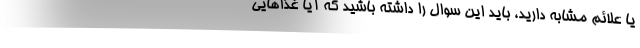
یا علائم مشابه دارید، باید این سوال را داشته باشید که آیا غذاهایی